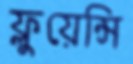
ফ্লুয়েন্সি